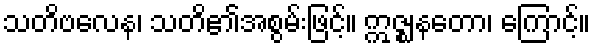
သတိဗလေန၊ သတိ၏အစွမ်းဖြင့်။ ဣဇ္ဈနတော၊ ကြောင့်။